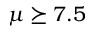
\mu \succeq 7 . 5